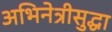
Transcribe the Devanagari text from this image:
अभिनेत्रीसुद्धा